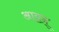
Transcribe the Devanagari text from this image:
आय॒न्